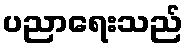
ပညာရေးသည်